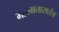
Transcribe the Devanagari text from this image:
महाग्रतारातंत्र